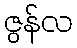
ဇွန်လ